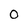
Character: 0